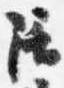
陪